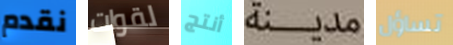
نقدم لقوات أنتج مدينة تساؤل